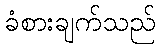
ခံစားချက်သည်